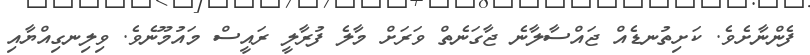
ފެންނާށެވެ. ކަށިތުނޑެއް ޖައްސާލާނެ ޖާގަނެތް ވަރަށް މާލެ ފުރާލީ ރައީސް މައުމޫނެވެ. ވިލިނގިއްޔާއި